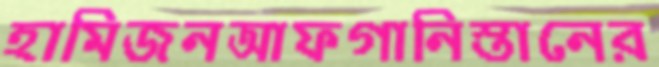
হামিজনআফগানিস্তানের